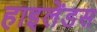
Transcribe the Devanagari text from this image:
हाइलेंडस